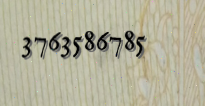
3763586785